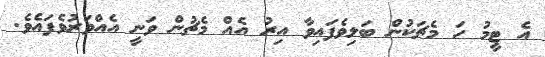
އެ ޓީމު ހަ މެޗަކުން ބަލިވެފައިވާ އިރު އެއް މެޗުން ވަނީ އެއްވަރުވެފައެވެ.